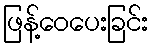
ဖြန့်ဝေပေးခြင်း